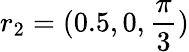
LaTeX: r_{2}=(0.5,0,\frac{\pi}{3})